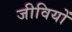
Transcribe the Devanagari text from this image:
जीवियों